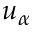
u _ { \alpha }